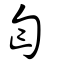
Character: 匄